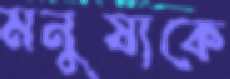
মনুষ্যকে